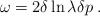
\begin{align*}\omega=2\delta\ln\lambda\delta p\; .\end{align*}